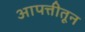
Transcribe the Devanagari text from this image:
आपत्तीतून